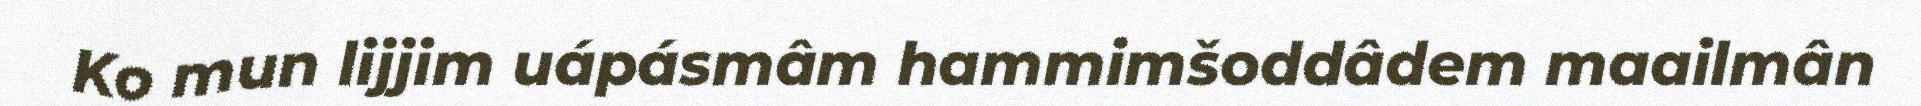
Ko mun lijjim uápásmâm hammimšoddâdem maailmân